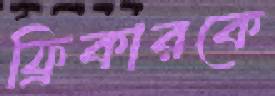
ফ্রিকারকে